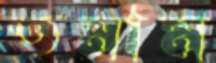
তমাম